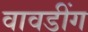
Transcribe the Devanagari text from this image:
वावडींग